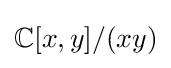
\mathbb {C} [x,y]/(xy)